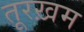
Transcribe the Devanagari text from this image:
तूरख़म